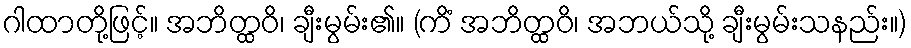
ဂါထာတို့ဖြင့်။ အဘိတ္ထဝိ၊ ချီးမွမ်း၏။ (ကိံ အဘိတ္ထဝိ၊ အဘယ်သို့ ချီးမွမ်းသနည်း။)